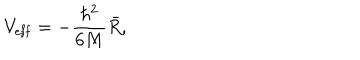
V _ { \mathrm { e f f } } = - \frac { \hbar ^ { 2 } } { 6 M } \bar { R } ,